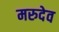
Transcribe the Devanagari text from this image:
मरुदेव